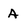
Character: A